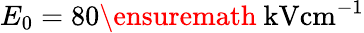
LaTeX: E_{0}=80\ensuremath{~\mathrm{kV}\mathrm{cm}^{-1}}